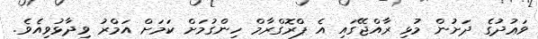
ވަޢުދުގެ ދަށުން މުޅި ރާއްޖޭގައި އެ ޕްރޮގްރާމް ހިންގުމަށް ކަމަށް އަމްރު ވިދާޅުވިއެވެ.